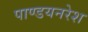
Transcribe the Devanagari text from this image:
पाण्डयनरेश